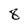
Character: 8